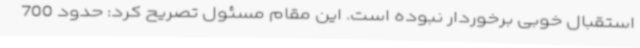
استقبال خوبی برخوردار نبوده است. این مقام مسئول تصریح کرد: حدود 700